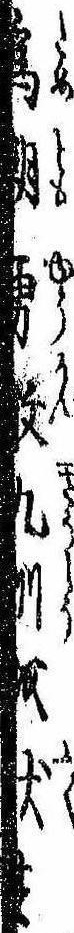
為朝勇敢九州を伏す